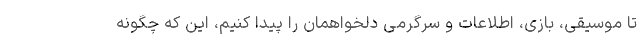
تا موسیقی، بازی، اطلاعات و سرگرمی دلخواهمان را پیدا کنیم، این که چگونه